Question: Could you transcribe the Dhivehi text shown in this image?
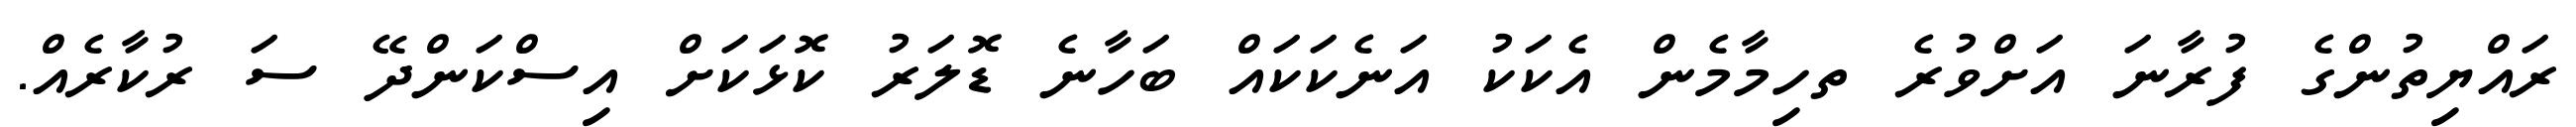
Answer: ރައްޔިތުންގެ ފުރާނަ އަށްވުރެ ތހިމާމެން އެކަކު އަނެކަކައް ބަހާނެ ޑޮލަރު ކޮޅަކަށް އިސްކަންދޭ ސަ ރުކާރެއް.